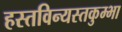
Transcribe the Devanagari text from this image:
हस्तविन्यस्तकुम्भा